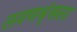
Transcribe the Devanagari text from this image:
लवणश्रृंखला